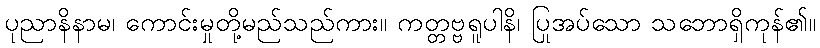
ပုညာနိနာမ၊ ကောင်းမှုတို့မည်သည်ကား။ ကတ္တဗ္ဗရူပါနိ၊ ပြုအပ်သော သဘောရှိကုန်၏။